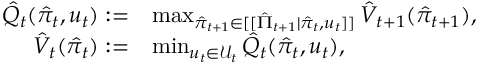
\begin{array} { r l } { \hat { Q } _ { t } ( \hat { \pi } _ { t } , u _ { t } ) : = } & { \operatorname* { m a x } _ { \hat { \pi } _ { t + 1 } \in [ [ \hat { \Pi } _ { t + 1 } | \hat { \pi } _ { t } , u _ { t } ] ] } \hat { V } _ { t + 1 } ( \hat { \pi } _ { t + 1 } ) , } \\ { \hat { V } _ { t } ( \hat { \pi } _ { t } ) : = } & { \operatorname* { m i n } _ { u _ { t } \in \mathcal { U } _ { t } } \hat { Q } _ { t } ( \hat { \pi } _ { t } , u _ { t } ) , } \end{array}